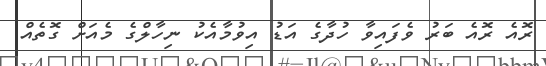
ރޮއެ ރޮއެ ބަރު ވެފައިވާ ހުދާގެ އަޑު އިވުމާއެކު ނިހާލްގެ މެއަށް ގޮތެއް